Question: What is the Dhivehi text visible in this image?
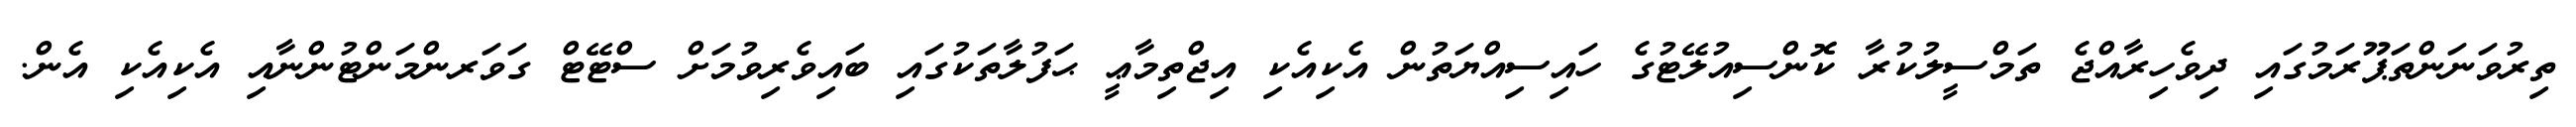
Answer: ތިރުވަނަންތަޕޫރަމުގައި ދިވެހިރާއްޖެ ތަމްސީލުކުރާ ކޮންސިއުލޭޓުގެ ހައިސިއްޔަތުން އެކިއެކި އިޖްތިމާޢީ ޙަފުލާތަކުގައި ބައިވެރިވުމަށް ސްޓޭޓް ގަވަރންމަންޓުންނާއި އެކިއެކި އެން.